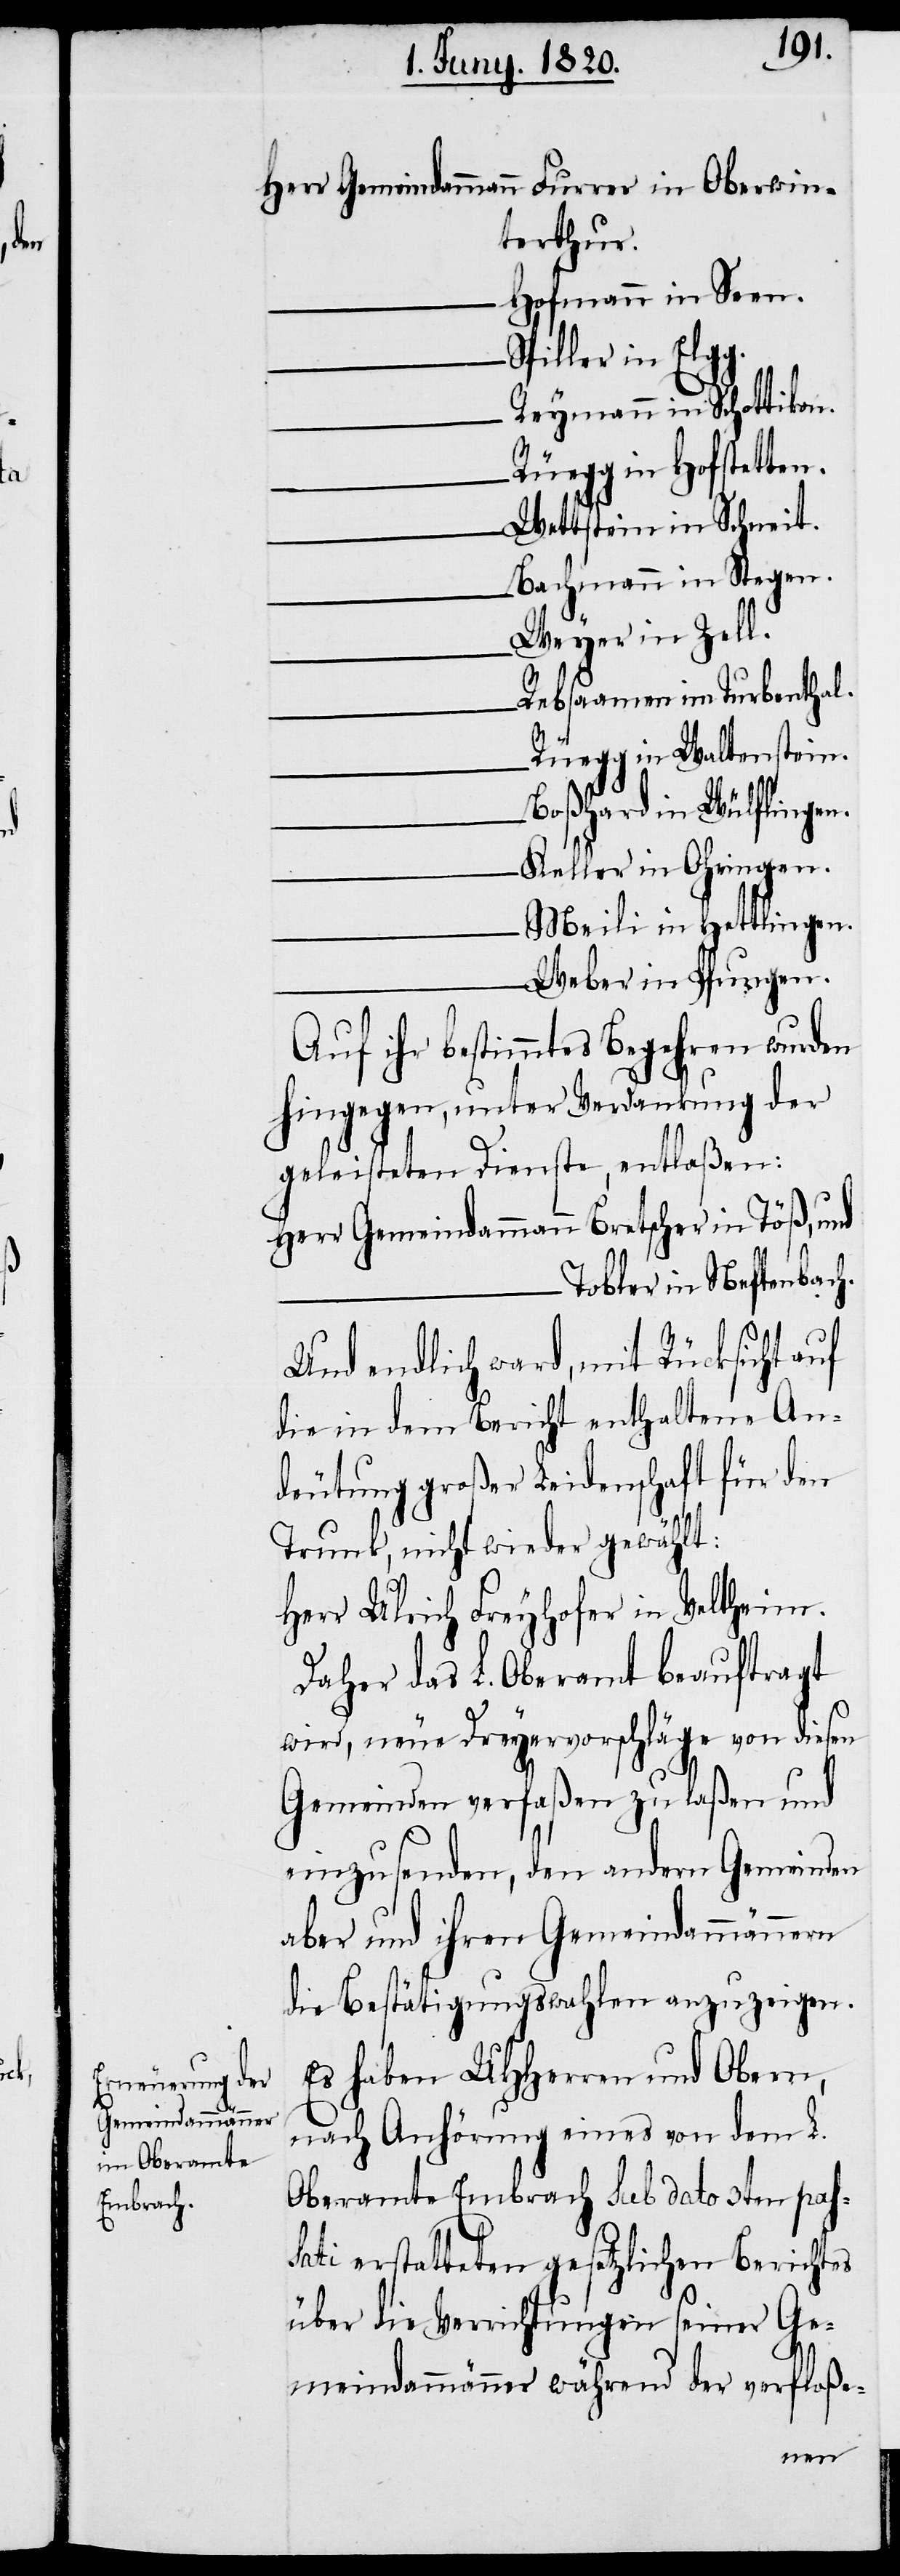
Herr Gemeindammann	Furrer in Oberwin¬
terthur.
Hofmann in Seen.
Spiller in Elgg.
Reymann in Schottikon.
Rüegg in Hofstetten.
Wettstein in Schneit.
Bachmann in Stegen.
Weyer in Zell.
Rebsaamen im Turbenthal.
Rüegg in Waltenstein.
Boßhard in Wülflingen.
Keller in Ohringen.
Meili in Hettlingen.
Weber in Pfungen.
Auf ihr bestimmtes Begehren wurden
hingegen, unter Verdankung der
geleisteten Dienste, entlaßen:
Herr Gemeindammann	Bretscher in Töß, und
Tobler in Neftenbach.
Und endlich ward, mit Rücksicht auf
die in dem Bericht enthaltene An¬
deutung großer Leidenschaft für den
Trunk, nicht wieder gewählt:
Herr Ulrich Freyhofer in Veltheim.
Daher das L. Oberamt beauftragt
wird, neue Dreyervorschläge von diesen
Gemeinden verfaßen zu laßen und
einzusenden, den andern Gemeinden
aber und ihren Gemeindammännern
die Bestätigungswahlen anzuzeigen.
Es haben UHHerren und Obern,
nach Anhörung eines von dem L.
Oberamte Embrach sub dato 3ten pas¬
sati erstatteten gesetzlichen Berichtes
über die Verrichtungen seiner Ge¬
meindammänner während der verfloße-